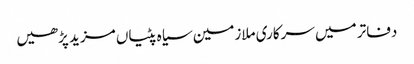
دفاتر میں سرکاری ملازمین سیاہ پٹیاں مزید پڑھیں